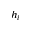
h _ { i }